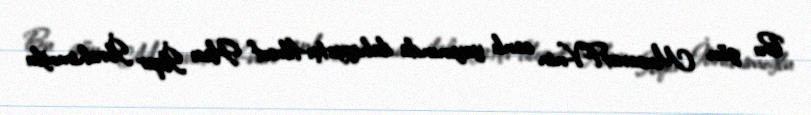
Bu gün MusavatTV-nin canlı yayınında ilahiyyatçı-filosof Hacı İlqar İbrahimoğlu